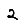
Digit: 2